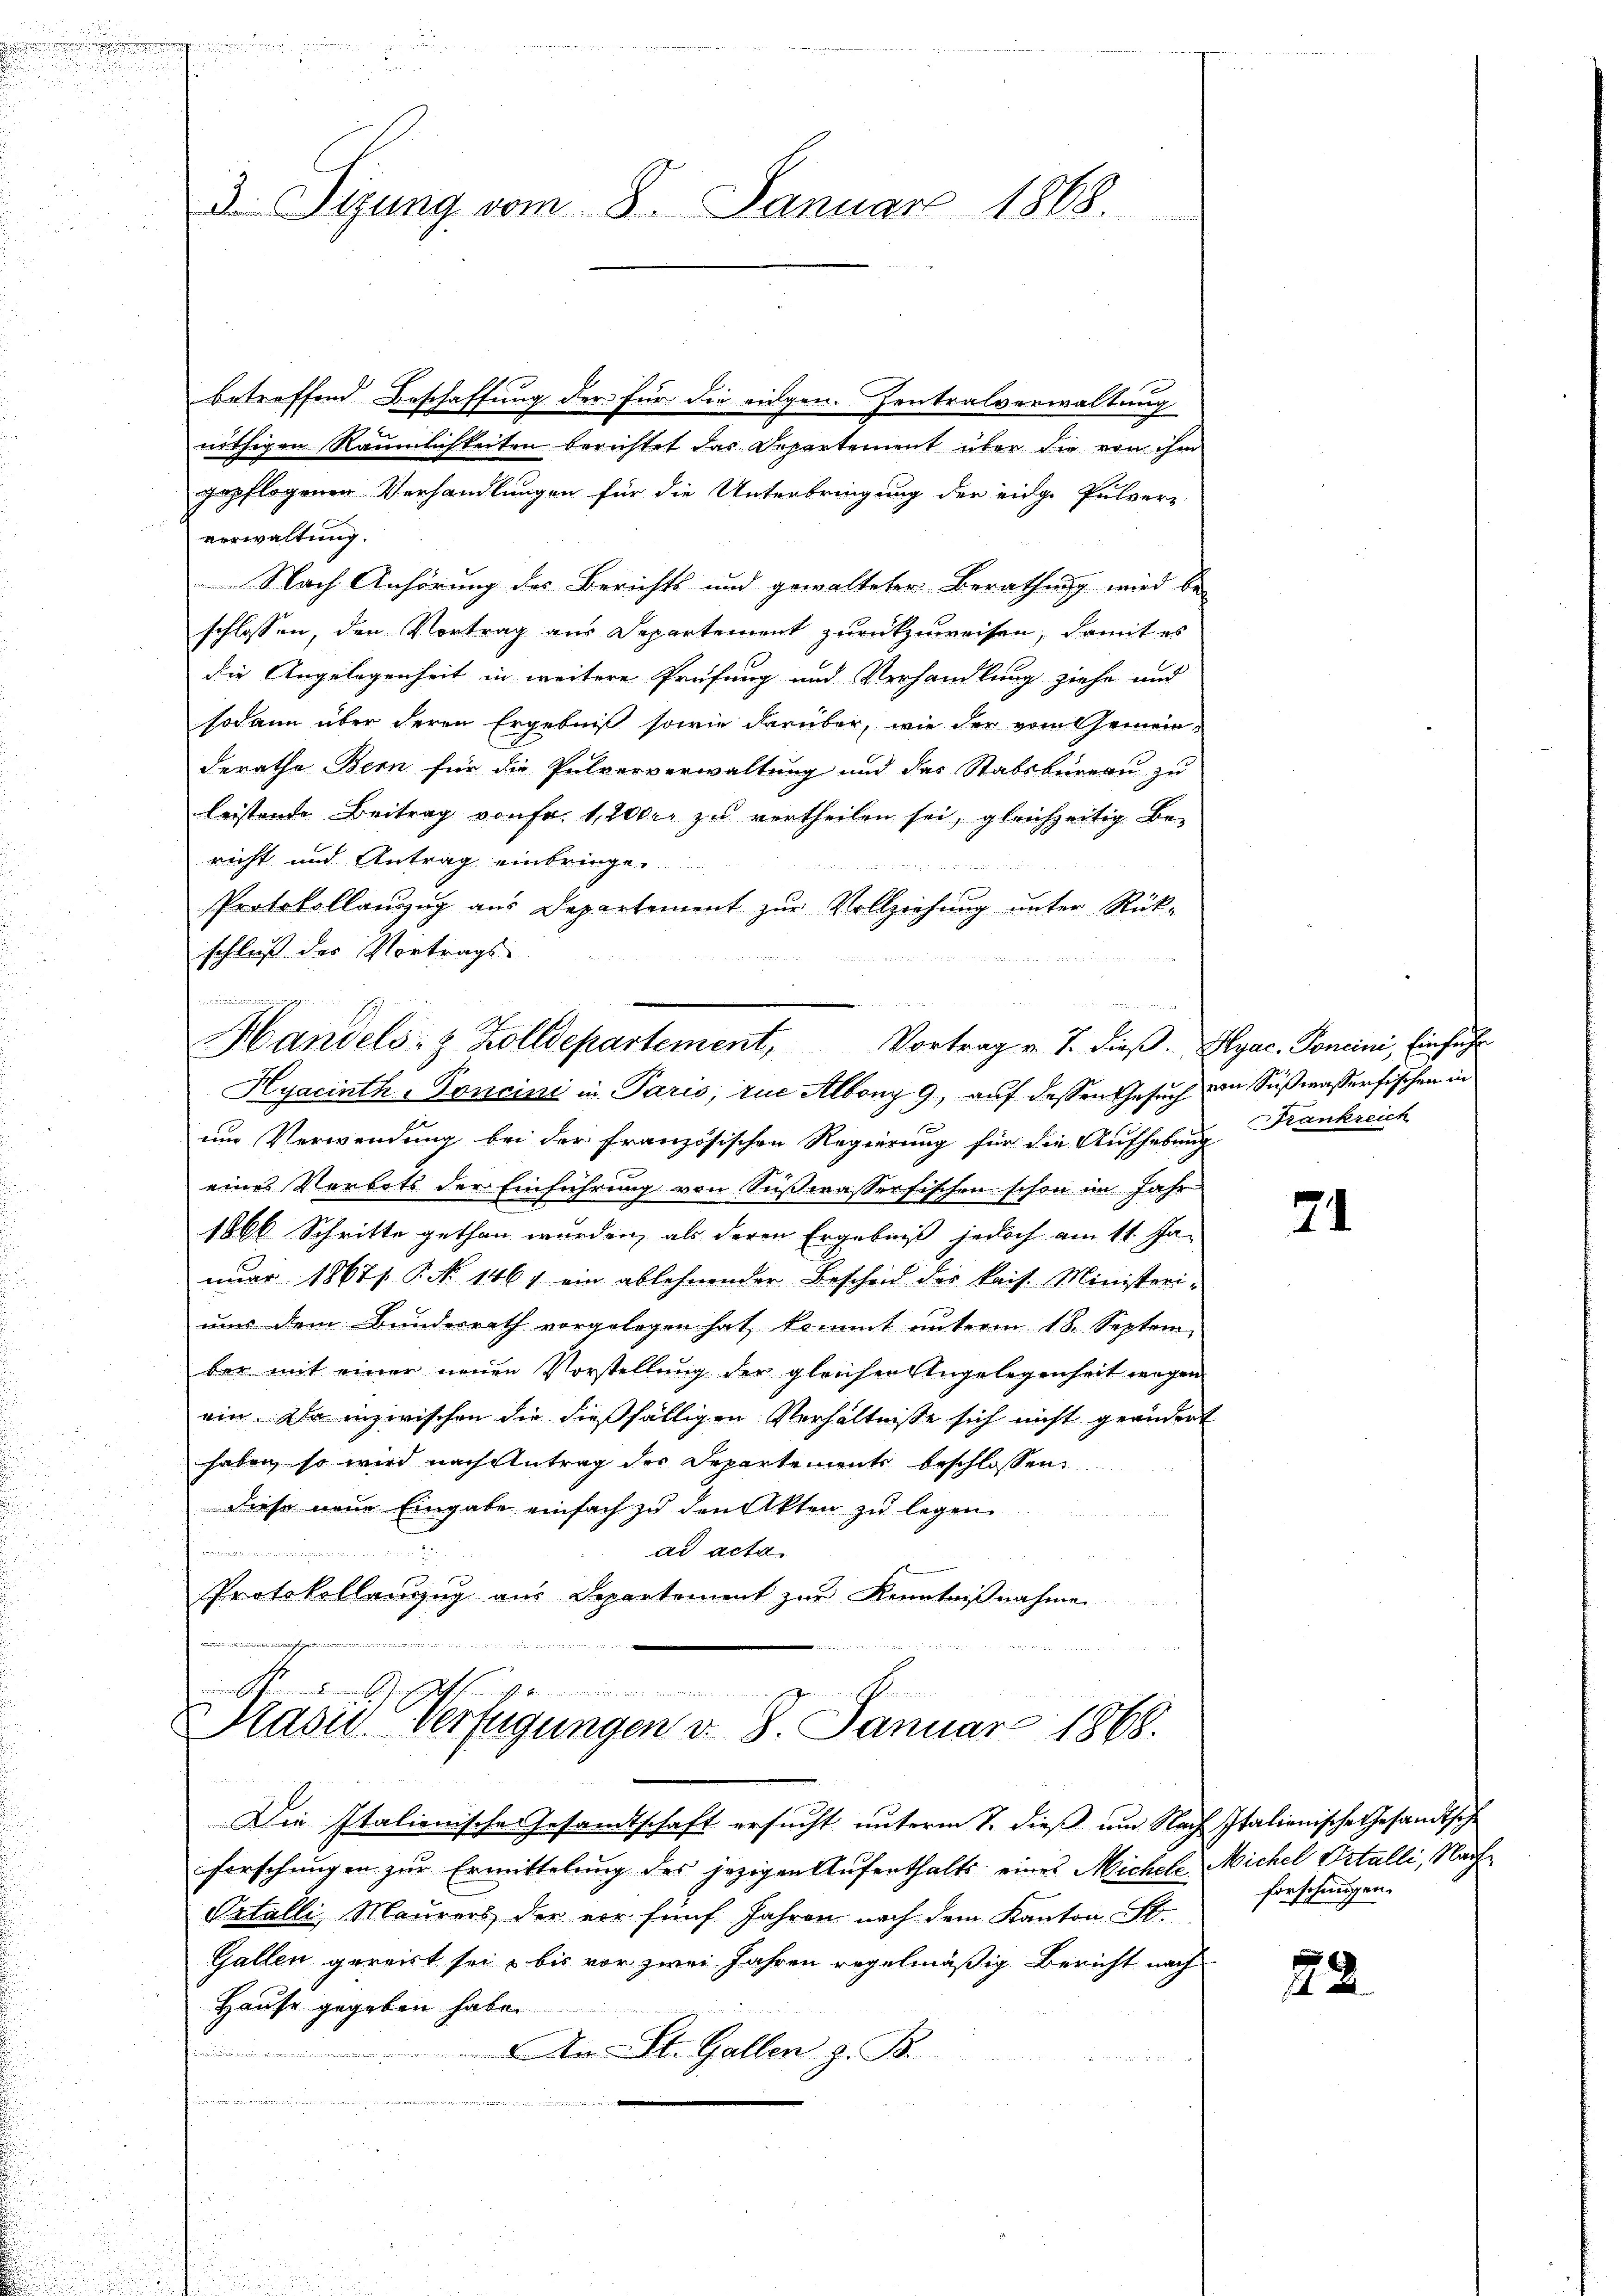
3 Sizung vom 8. Januar 1868.

betreffend Beschaffung der für die eidgen. Zentralverwaltung
nöthigen Räumlichkeiten berichtet das Departement über die von ihm
gepflogenen Verhandlungen für die Unterbringung der eidge Pulverz
verwaltung.
Nach Anhörung des Berichts und gewalteter Berathung wird be-
schlossen, den Vortrag aus Departement zurückzuweisen, damit es
die Angelegenheit in weitere Prüfung und Verhandlung ziehe und
sodann über deren Ergebniß sowie darüber, wie der vom Gemeinderathe Bern für die Pulververwaltung und des Stabsbureau zu
leistende Beitrag von Fr. 1200 r. zu vertheilen sei, gleichzeitig Be-
richt und Antrag einbringe

Protokollanzug aus Departement zur Vollziehung unter Rück-
schluß der Vortrags-

um Verwendung bei der französischen Regierung für die Aufhebung
eines Verbots der Einführung von Sußwasserfischen schon im Jahr
1866 Schritte gethan wurden, als deren Ergebniß jedoch am 11. Ja-
nuar 18671. P. No 1467 ein ablehnender Bescheid der kais. Ministeriaus dem Bundesrath vorgelegen hat, kommt unterm 18. Septem
ber mit einer neuen Vorstellung der gleichen Angelegenheit wegen
ein. Da inzwischen die dießfälligen Verhältnisse sich nicht geändert
haben, so wird nach Antrag der Departemente beschlossen
diese neue Eingabe einfach zu den Akten zu legen.
ad acta
e
Protokollenzug aus Departement zur Kenntnißnahme

dinandere
Handels- & Zolldepartement, Vortrag v. J. dieβ. Hyac. Soncini, Einführ
Hyacinth-Poncini in Paris, zu Albong 9, auf dessen Gesuch von Süßwasserfischen in

8

tge
......
Hasus Verfügungen v. 8. Januar 1868.

Die Italienische Gesandtschaft ersucht unterm 7. dieß um Nach Italienische Gesandtsche
forschungen zur Ermittelung des jezigen Aufenthalts eines Michele Michel Ortalli, Nach¬
Prtalli, Maurers der vor fünf Jahren nach dem Kanton St.
Gallen gereist sei, bis vor zwei Jahren regelmäßig Bericht nach
Hause gegeben habe.
An St. Gallen z. B.
ommen
 iuris

Frankreich

21

forschungen.

22